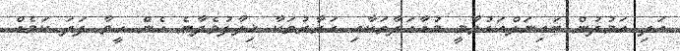
އަދި އަމުދުން ބައިނަލްއަގުވާމީ މުއާހަދާތަކާއި ގަރާރުތަކާ ޚިލާފުވެދާނެ ހެން ހީވާ ފަދަ ކަމެއް